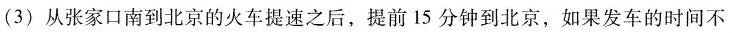
(3)从张家口南到北京的火车提速之后，提前15分钟到北京，如果发车的时间不